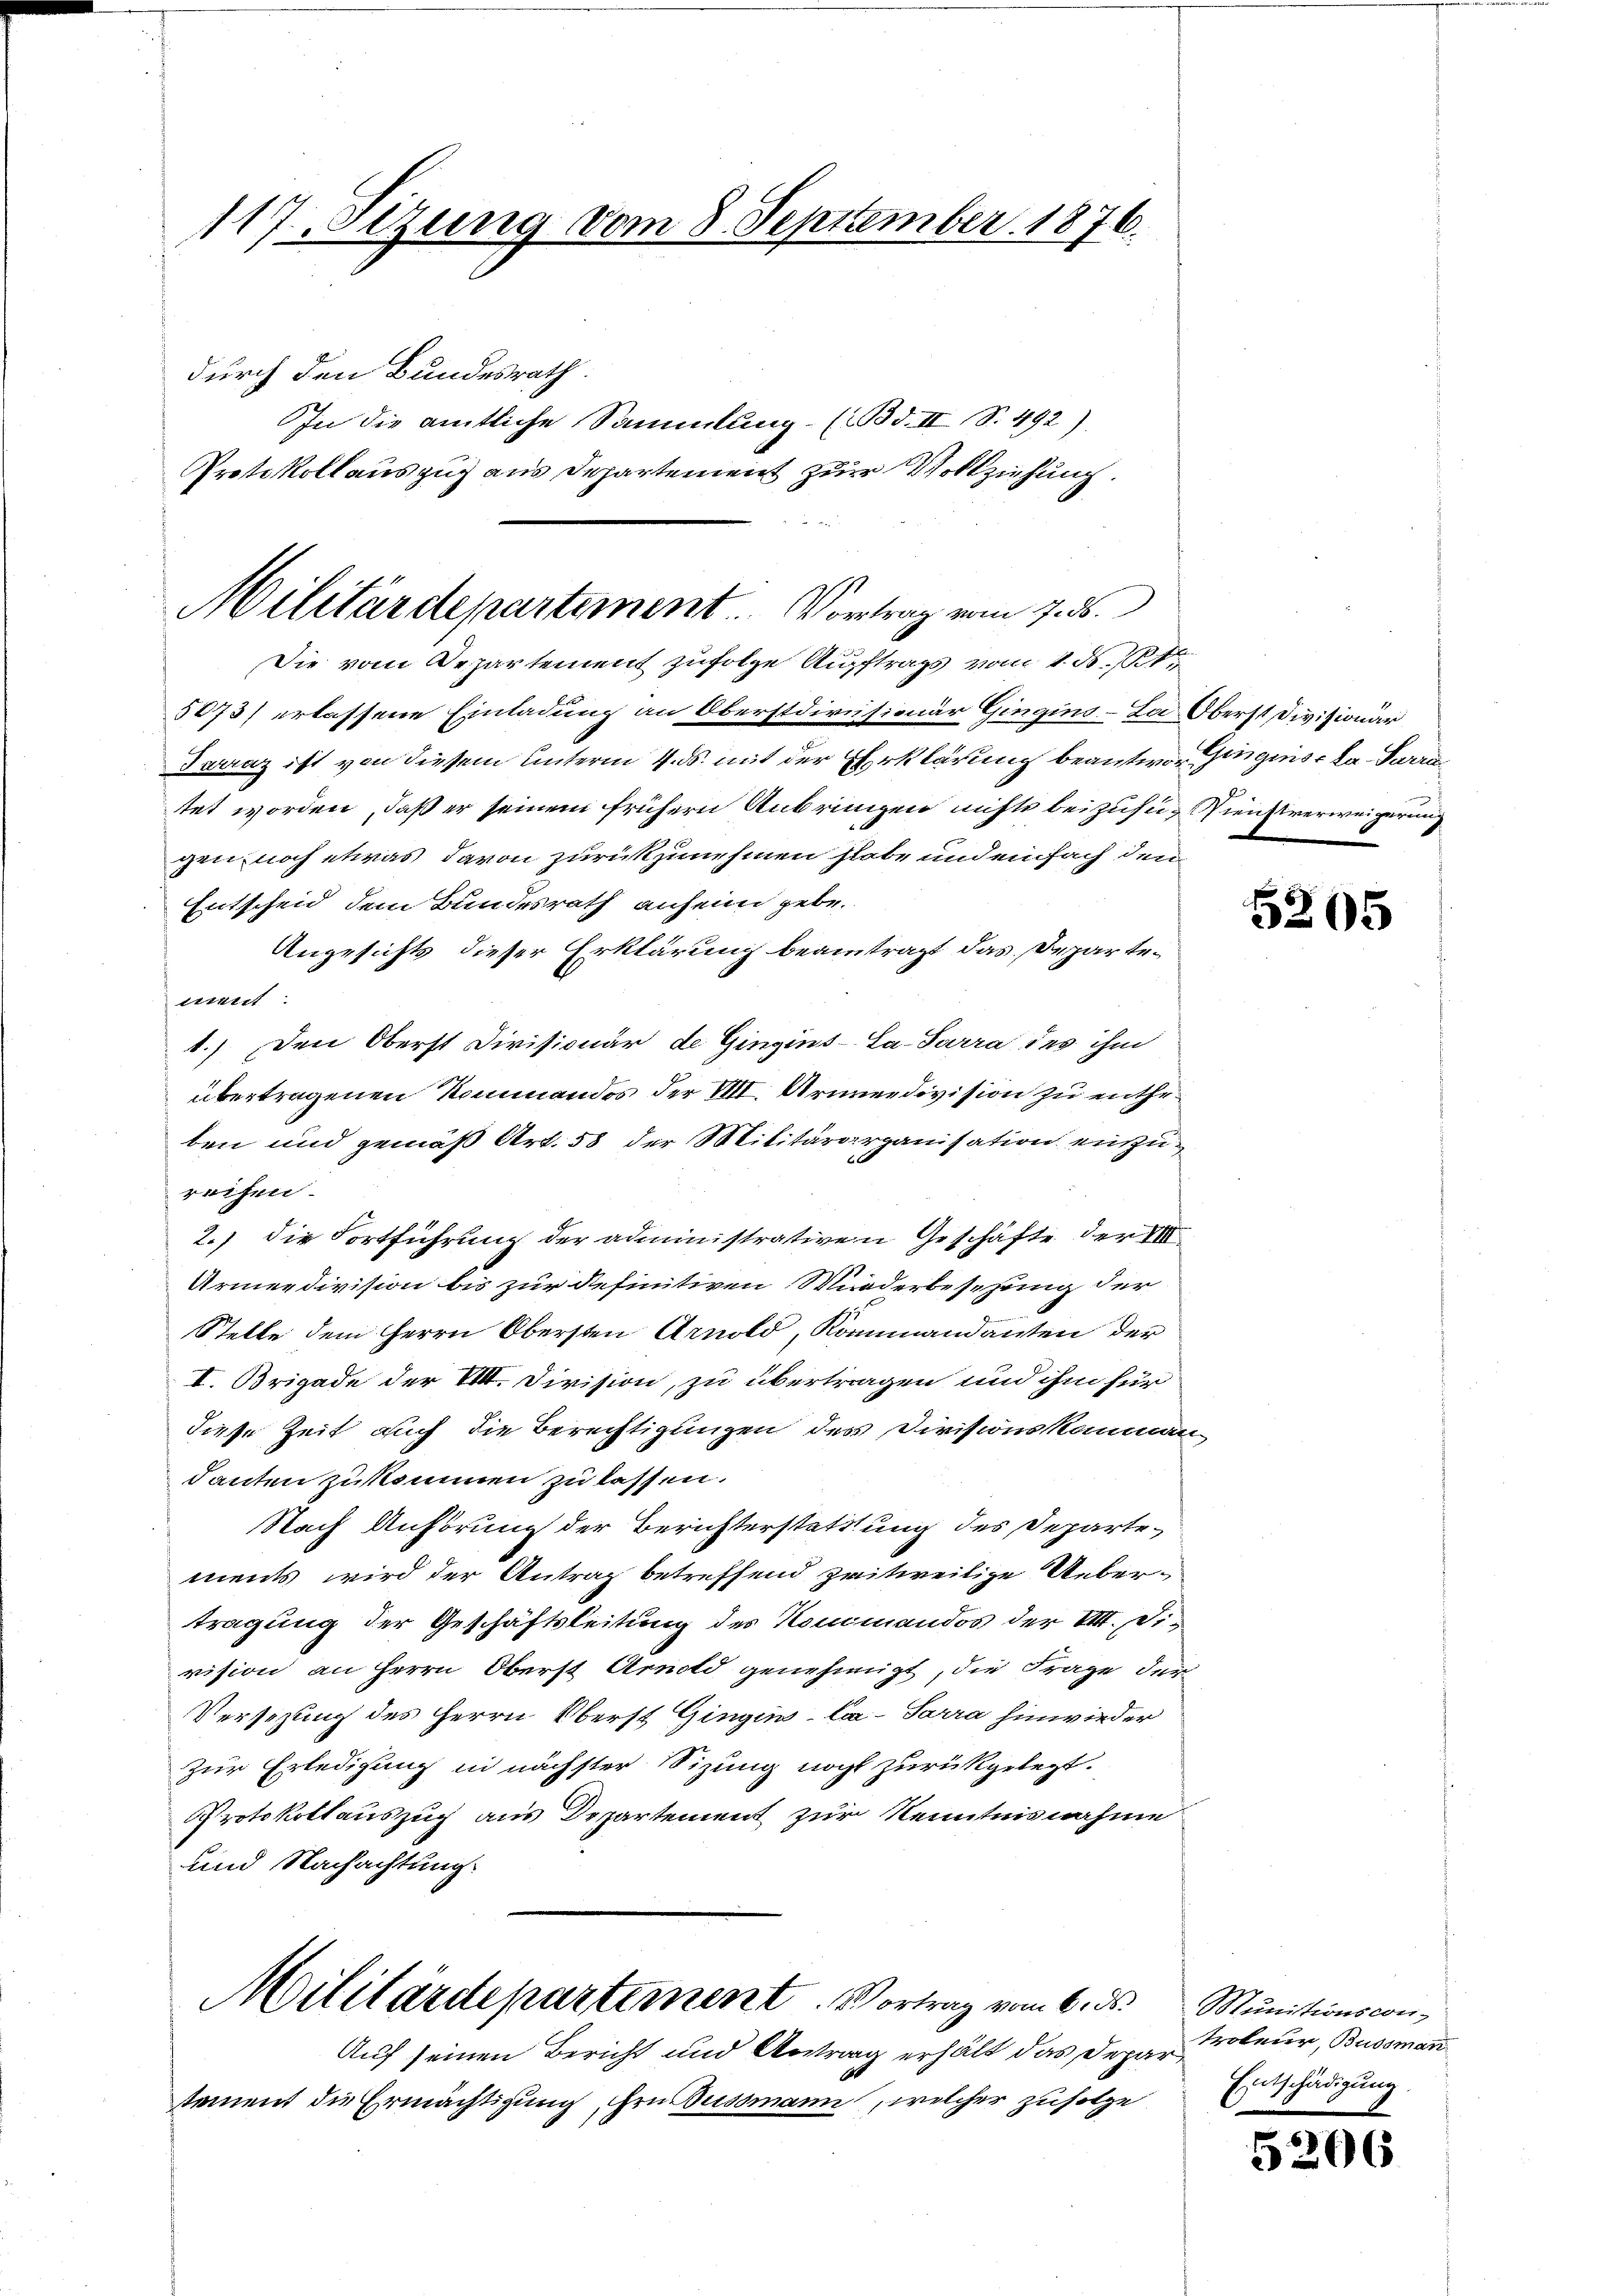
117 Stzung vom 8. September 1876.

durch den Bundesrath.
In die amtliche Sammlung (Bd. II S. 492)
5073) erlassene Einladung an Oberstdirusionär Gingins-La Oberst Divisionär
Tarraz ist von diesem Unterm 4. ds. mit der Erklärung beantwort Gingnis la Twain
tet worden, daß er seinem frühern Anbringen nichts beizusu¬ ienstverweigerung
gen noch etwas davon zurückzunehmen habe und einfach den
Entscheid dem Bundesrath anheim gebe.
Angesichts dieser Erklärung beantragt das Departement
1.) Den Oberst Divisionär de Gingins-La-Sarra des ihm
übertragenen Kommandos der VIII. Armeedivision zu entheben und gemäß Art. 58 der Militärorganisation einzureihen.
2.) die Fortführung der administrativen Geschäfte der VII
Armeedivision bis zur Definitiven Wiederbesezung der
Stelle dem Herrn Obersten Arnold, Kommandanten der
I. Brigade der M. Division, zu übertragen und ihm für
diese Zeit auch die Berechtigungen des Divisionskommandanten zu kommen zu lassen.
Nach Anhörung der Berichterstattung des Departements wird der Antrag betreffend zwitweilige Uebertragung der Geschäftsleitung des Kommandos der VIII. Division an Herrn Oberst Arnold genehmigt, die Frage der
Versezung des Herrn Oberst Gingins-La-Sarra hinwieder
Zur Erledigung in nächster Sitzung nicht zurückgelegt.
Protokollauszug aus Departement zur Kenntnisnahme
und Nachachtung.
Militärdepartement. Vortrag vom 6. ds. Munitionscon¬
Auf seinen Bericht und Antrag erhält das Departement die Ermächtigung, Hrn. Bussmann, welcher zufolge

Protokollauszug aus Departement zur Vollziehung.
Militärdepartement. Vortrag vom 7. ds.
Die vom Departement zufolge Auftrags vom 1. d. 14

5205

troleur, Bussman
Entschädigung.

5206